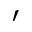
^ \prime